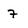
Character: 7